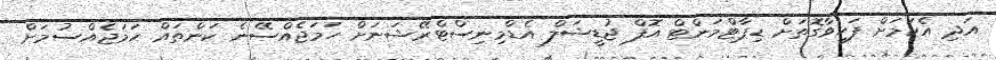
އަދި އެކަމަށް ފަހިވާގޮތަށް ޑިޕާޓްމަންޓް އޮފް ޖުޑީޝަލް އެޑްމިނިސްޓްރޭޝަނަށް ހަމަޖެއްސޭނެ ކަންތައް ހަމަޖެއްސުމަށް